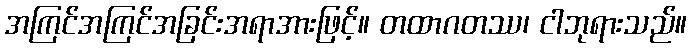
အကြင်အကြင်အခြင်းအရာအားဖြင့်။ တထာဂတဿ၊ ငါဘုရားသည်။